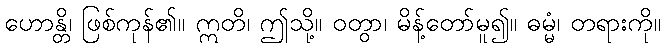
ဟောန္တိ၊ ဖြစ်ကုန်၏။ ဣတိ၊ ဤသို့။ ဝတွာ၊ မိန့်တော်မူ၍။ ဓမ္မံ၊ တရားကို။